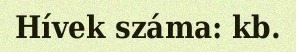
Hívek száma: kb.